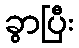
ခွာပြီး